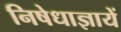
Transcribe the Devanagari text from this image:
निषेधाज्ञायें